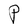
Character: P